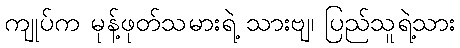
ကျုပ်က မုန့်ဖုတ်သမားရဲ့ သားဗျ၊ ပြည်သူရဲ့သား